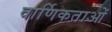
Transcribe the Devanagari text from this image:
वार्णिकताओं